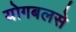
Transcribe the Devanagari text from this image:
योगबलसे